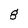
Character: g